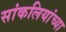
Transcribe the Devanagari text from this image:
सांकलियांच्या